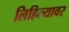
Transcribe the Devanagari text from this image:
लिहिल्यावर